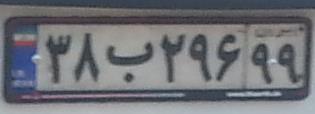
۳۸ب۲۹۶۹۹